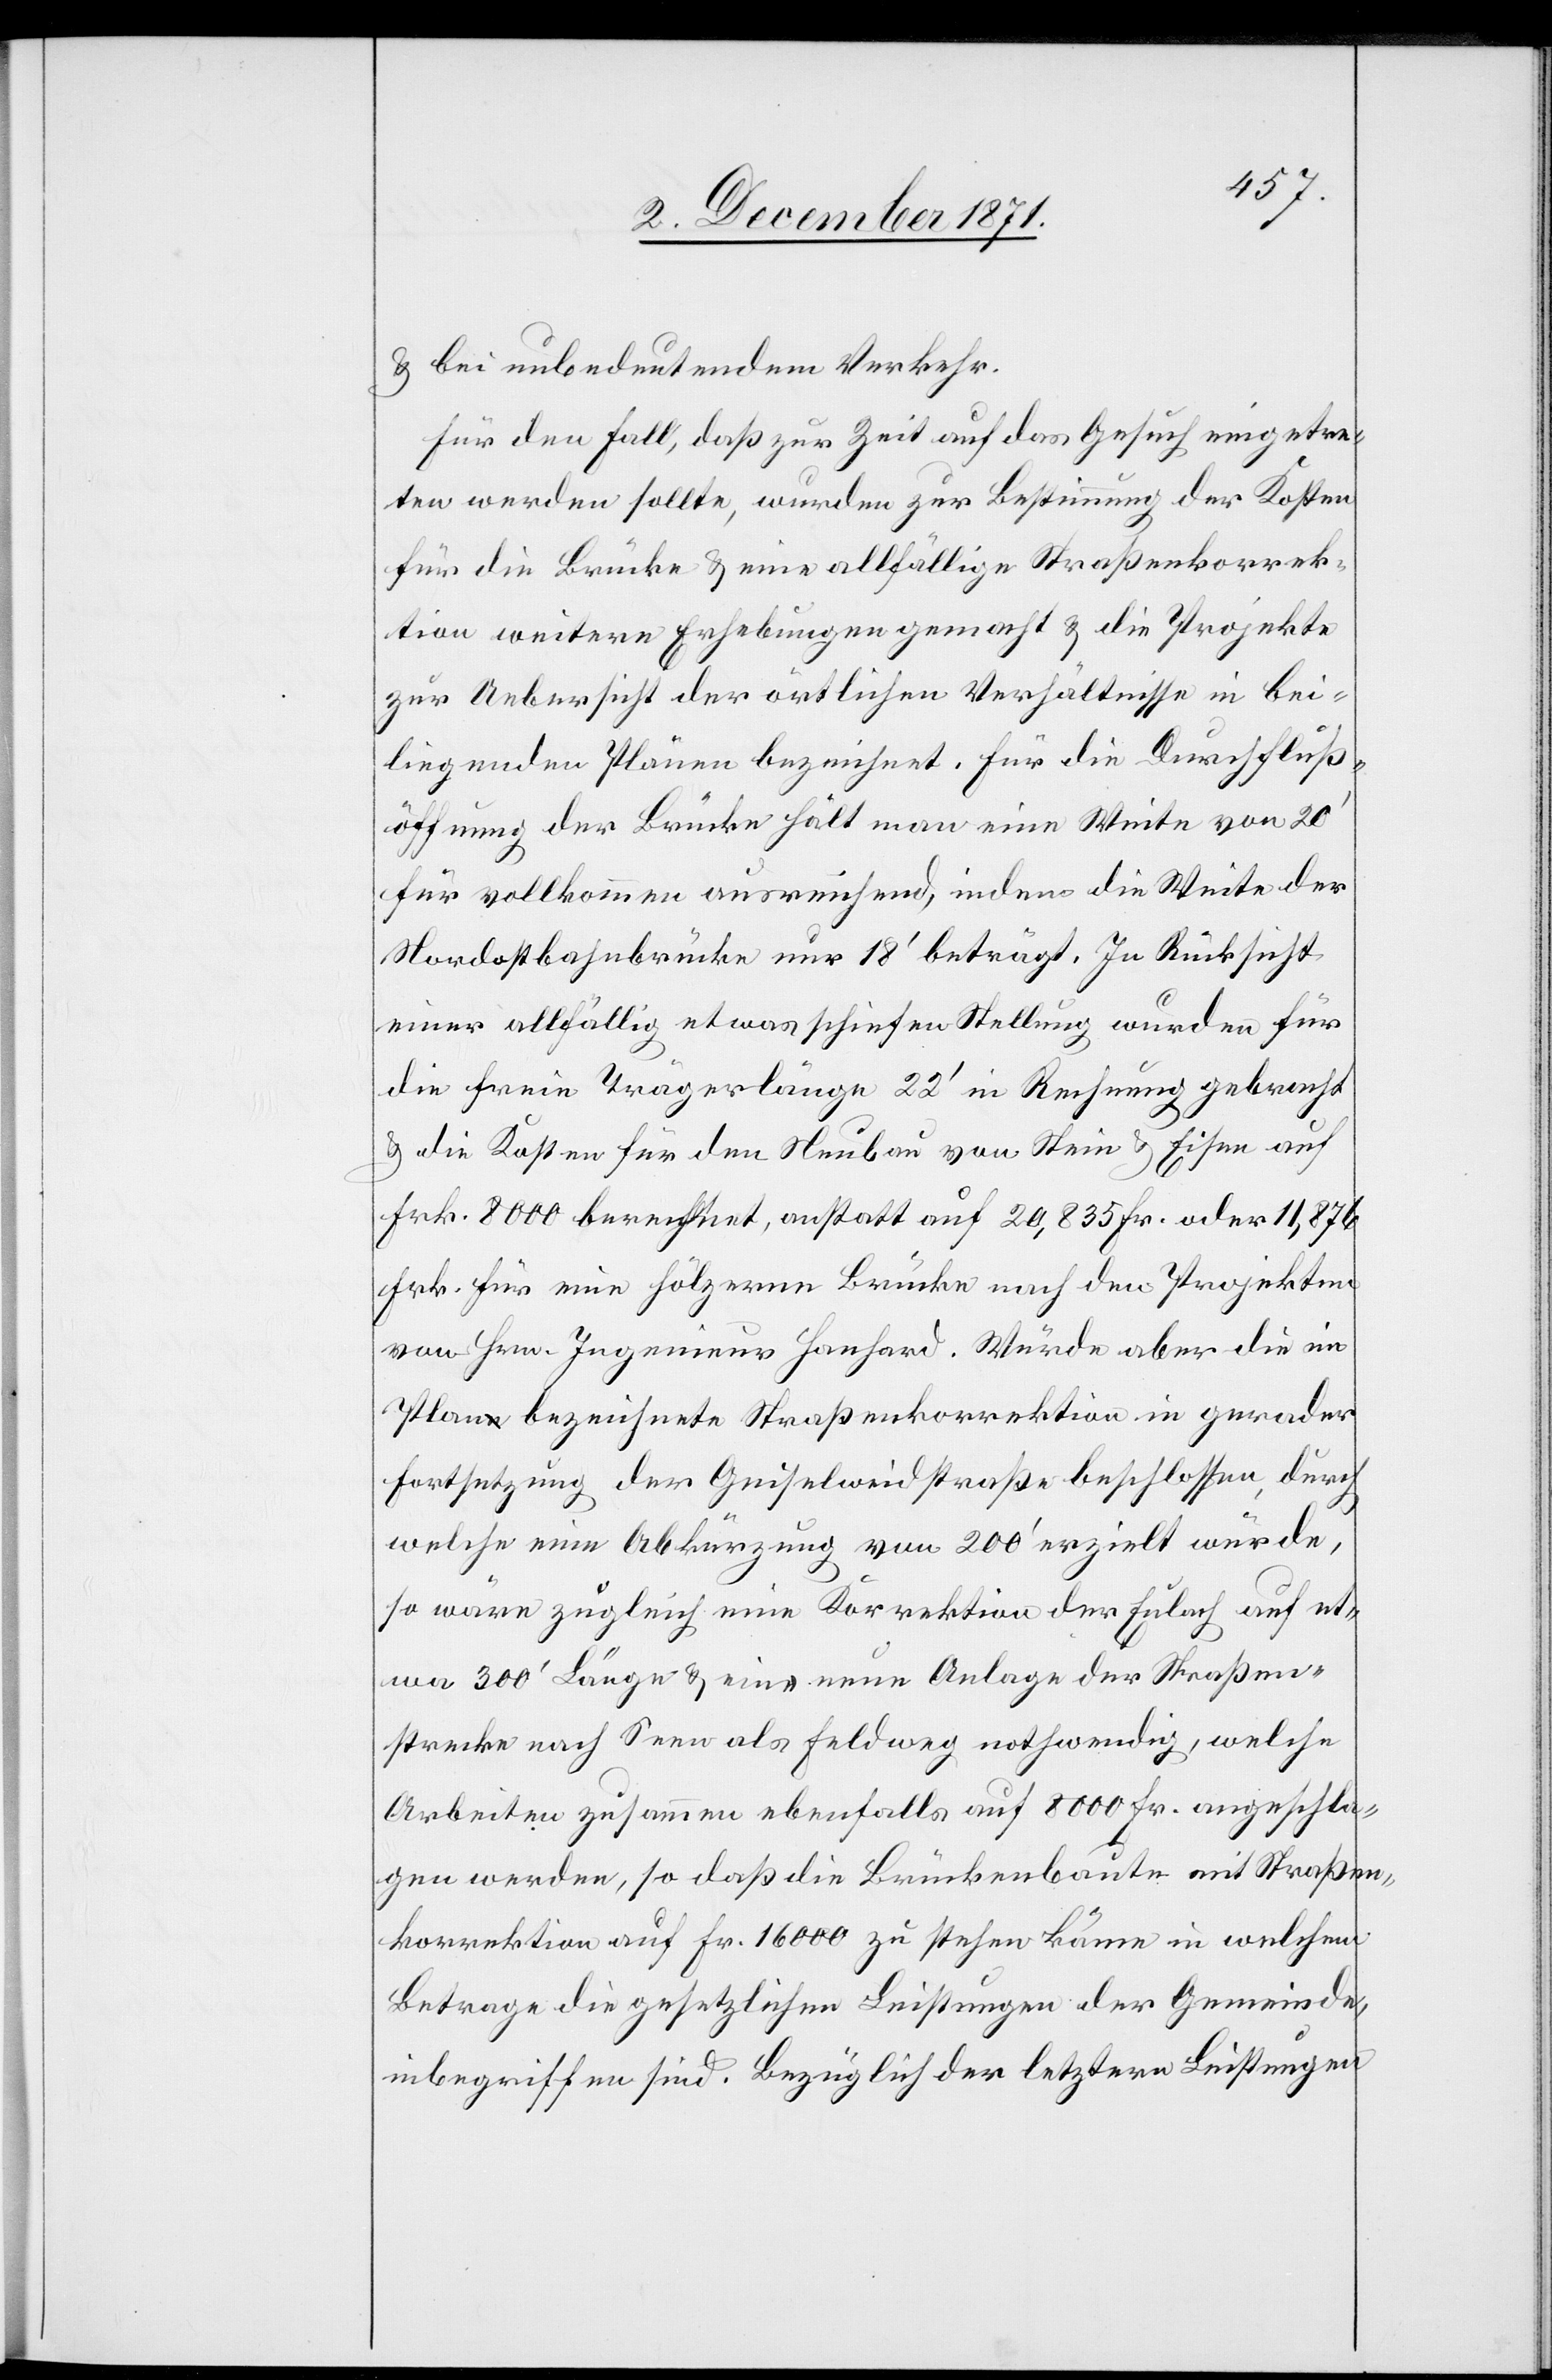
& bei unbedeutenden Verkehr.
Für den Fall, daß zur Zeit auf das Gesuch eingetre¬
ten werden sollte, wurden zur Bestimmung der Kosten
für die Brücke & eine allfällige Straßenkorrek¬
tion weitere Erhebungen gemacht & die Projekte
zur Uebersicht der örtlichen Verhältnisse in bei¬
liegenden Plänen bezeichnet. Für die Durchfluß¬
öffnung der Brücke hält man eine Weite von 20’
für vollkommen ausreichend, indem die Weite der
Nordostbahnbrücke nur 18’ beträgt. In Rücksicht
einer allfällig etwas schiefen Stellung wurden für
die freie Trägerlänge 22’ in Rechnung gebracht
& die Kosten für den Neubau von Stein & Eisen auf
Frk. 8000 berechnet, anstatt auf 20,835 Fr. oder 11,876
Frk. für eine hölzerne Brücke nach den Projekten
von Hrn. Ingenieur Hanhard. Würde aber die im
Plan bezeichnete Straßenkorrektion in gerader
Fortsetzung der Geiselweidstraße beschlossen, durch
welche eine Abkürzung von 200’ erzielt würde,
so wäre zugleich eine Korrektion der Eulach auf et¬
wa 300’ Länge & eine neue Anlage der Straßen¬
strecke nach Seen als Feldweg nothwendig, welche
Arbeiten zusammen ebenfalls auf 8000 Fr. angeschla¬
gen werden, so daß die Brückenbaute mit Straßen¬
korrektion auf Fr. 16000 zu stehen käme in welchem
Betrage die gesetzlichen Leistungen der Gemeinde
inbegriffen sind. Bezüglich der letztern Leistungen